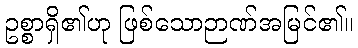
ဥစ္စာရှိ၏ဟု ဖြစ်သောဉာဏ်အမြင်၏။